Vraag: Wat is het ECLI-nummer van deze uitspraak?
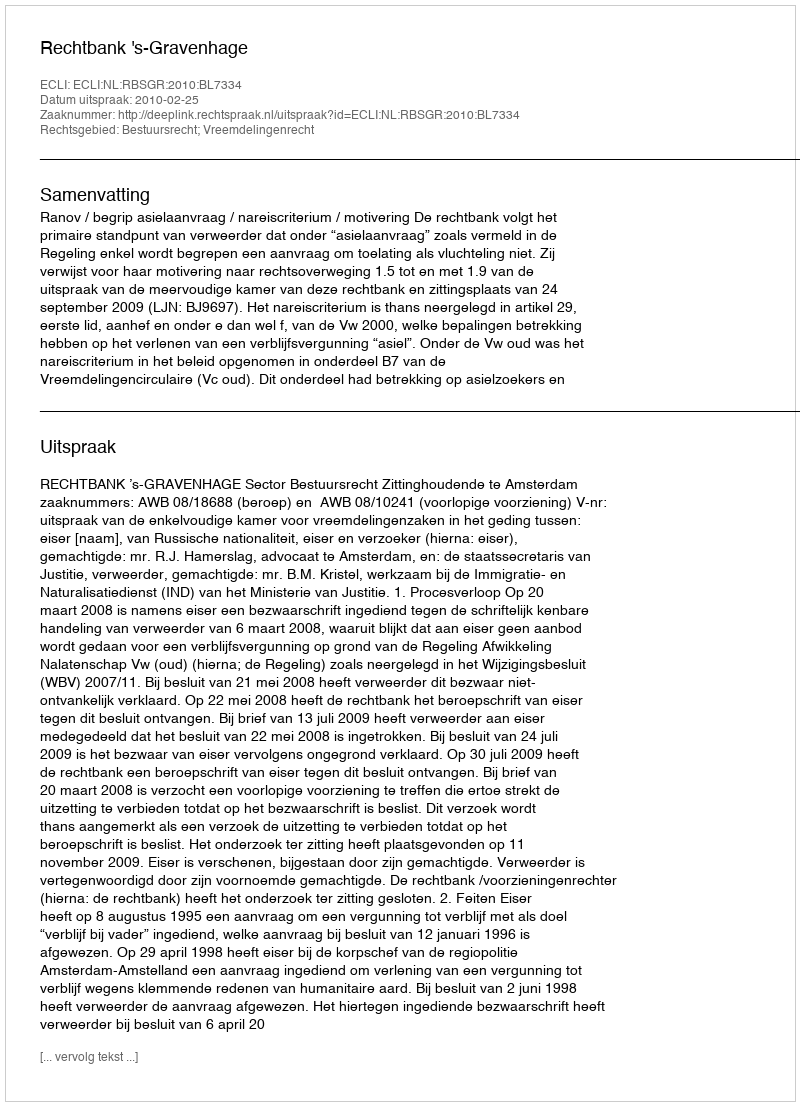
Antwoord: ECLI:NL:RBSGR:2010:BL7334